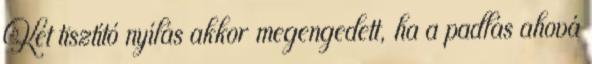
Két tisztító nyílás akkor megengedett, ha a padlás ahová